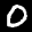
Label: 0